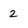
Character: 2